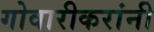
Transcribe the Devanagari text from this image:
गोवारीकरांनी